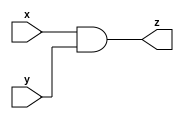
module and_gate_n (x, y, z);
  parameter n=2;
  input [n-1:0] x;
  input [n-1:0] y;
  output [n-1:0] z;
  
  assign z = (x&y) ;
  
  
endmodule